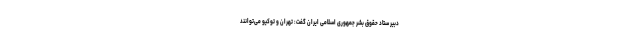
دبیر ستاد حقوق بشر جمهوری اسلامی ایران گفت: تهران و توکیو می‌­توانند